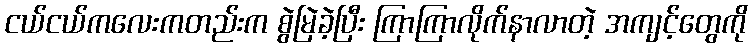
ငယ်ငယ်ကလေးကတည်းက စွဲမြဲခဲ့ပြီး ကြာကြာလိုက်နာလာတဲ့ အကျင့်တွေကို